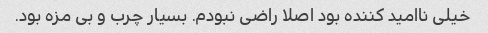
خیلی ناامید کننده بود اصلا راضی نبودم. بسیار چرب و بی مزه بود.